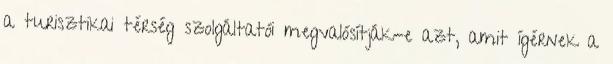
a turisztikai térség szolgáltatói megvalósítják-e azt, amit ígérnek a